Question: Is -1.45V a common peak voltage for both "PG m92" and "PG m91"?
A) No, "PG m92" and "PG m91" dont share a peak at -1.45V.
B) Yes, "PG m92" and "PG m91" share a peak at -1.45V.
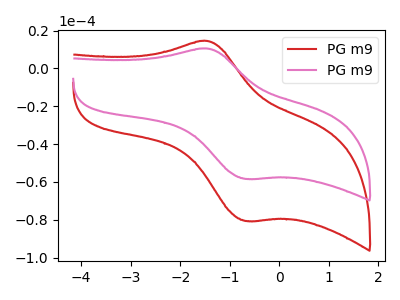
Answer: <think>The red curve "PG m91" has an anodic peak at (-1.45V, 14.50uA) and a cathodic peak at (-0.65V, -80.65uA). The pink curve "PG m92" has an anodic peak at (-1.45V, 10.50uA) and a cathodic peak at (-0.65V, -58.40uA).</think>
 <answer>B) Yes, "PG m92" and "PG m91" share a peak at -1.45V.</answer>
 <eval>B</eval>